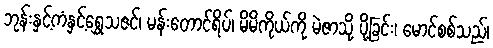
ဘုန်းနှင့်ကံနှင့်ရွှေသဇင်၊ မန်းတောင်ရိပ်၊ မိမိကိုယ်ကို မဲဇာသို့ ပို့ခြင်း၊ မောင်စစ်သည်၊